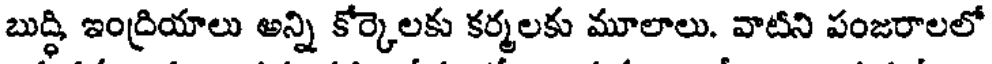
బుద్ధి ఇంద్రియాలు అన్ని కోర్కెలకు కర్మలకు మూలాలు. వాటిని పంజరాలలో